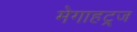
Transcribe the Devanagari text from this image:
मेगाहट्र्ज